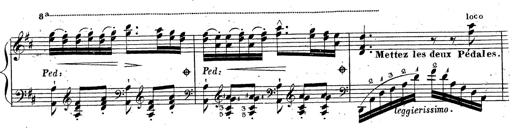
Title: Grande fantaisie sur la tyrolienne de l'opÃ©ra
Composer: Franz Liszt
Key: A major